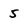
Character: 5